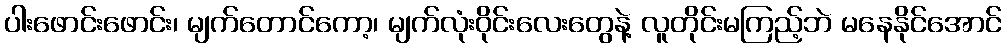
ပါးဖောင်းဖောင်း၊ မျက်တောင်ကော့၊ မျက်လုံးဝိုင်းလေးတွေနဲ့ လူတိုင်းမကြည့်ဘဲ မနေနိုင်အောင်